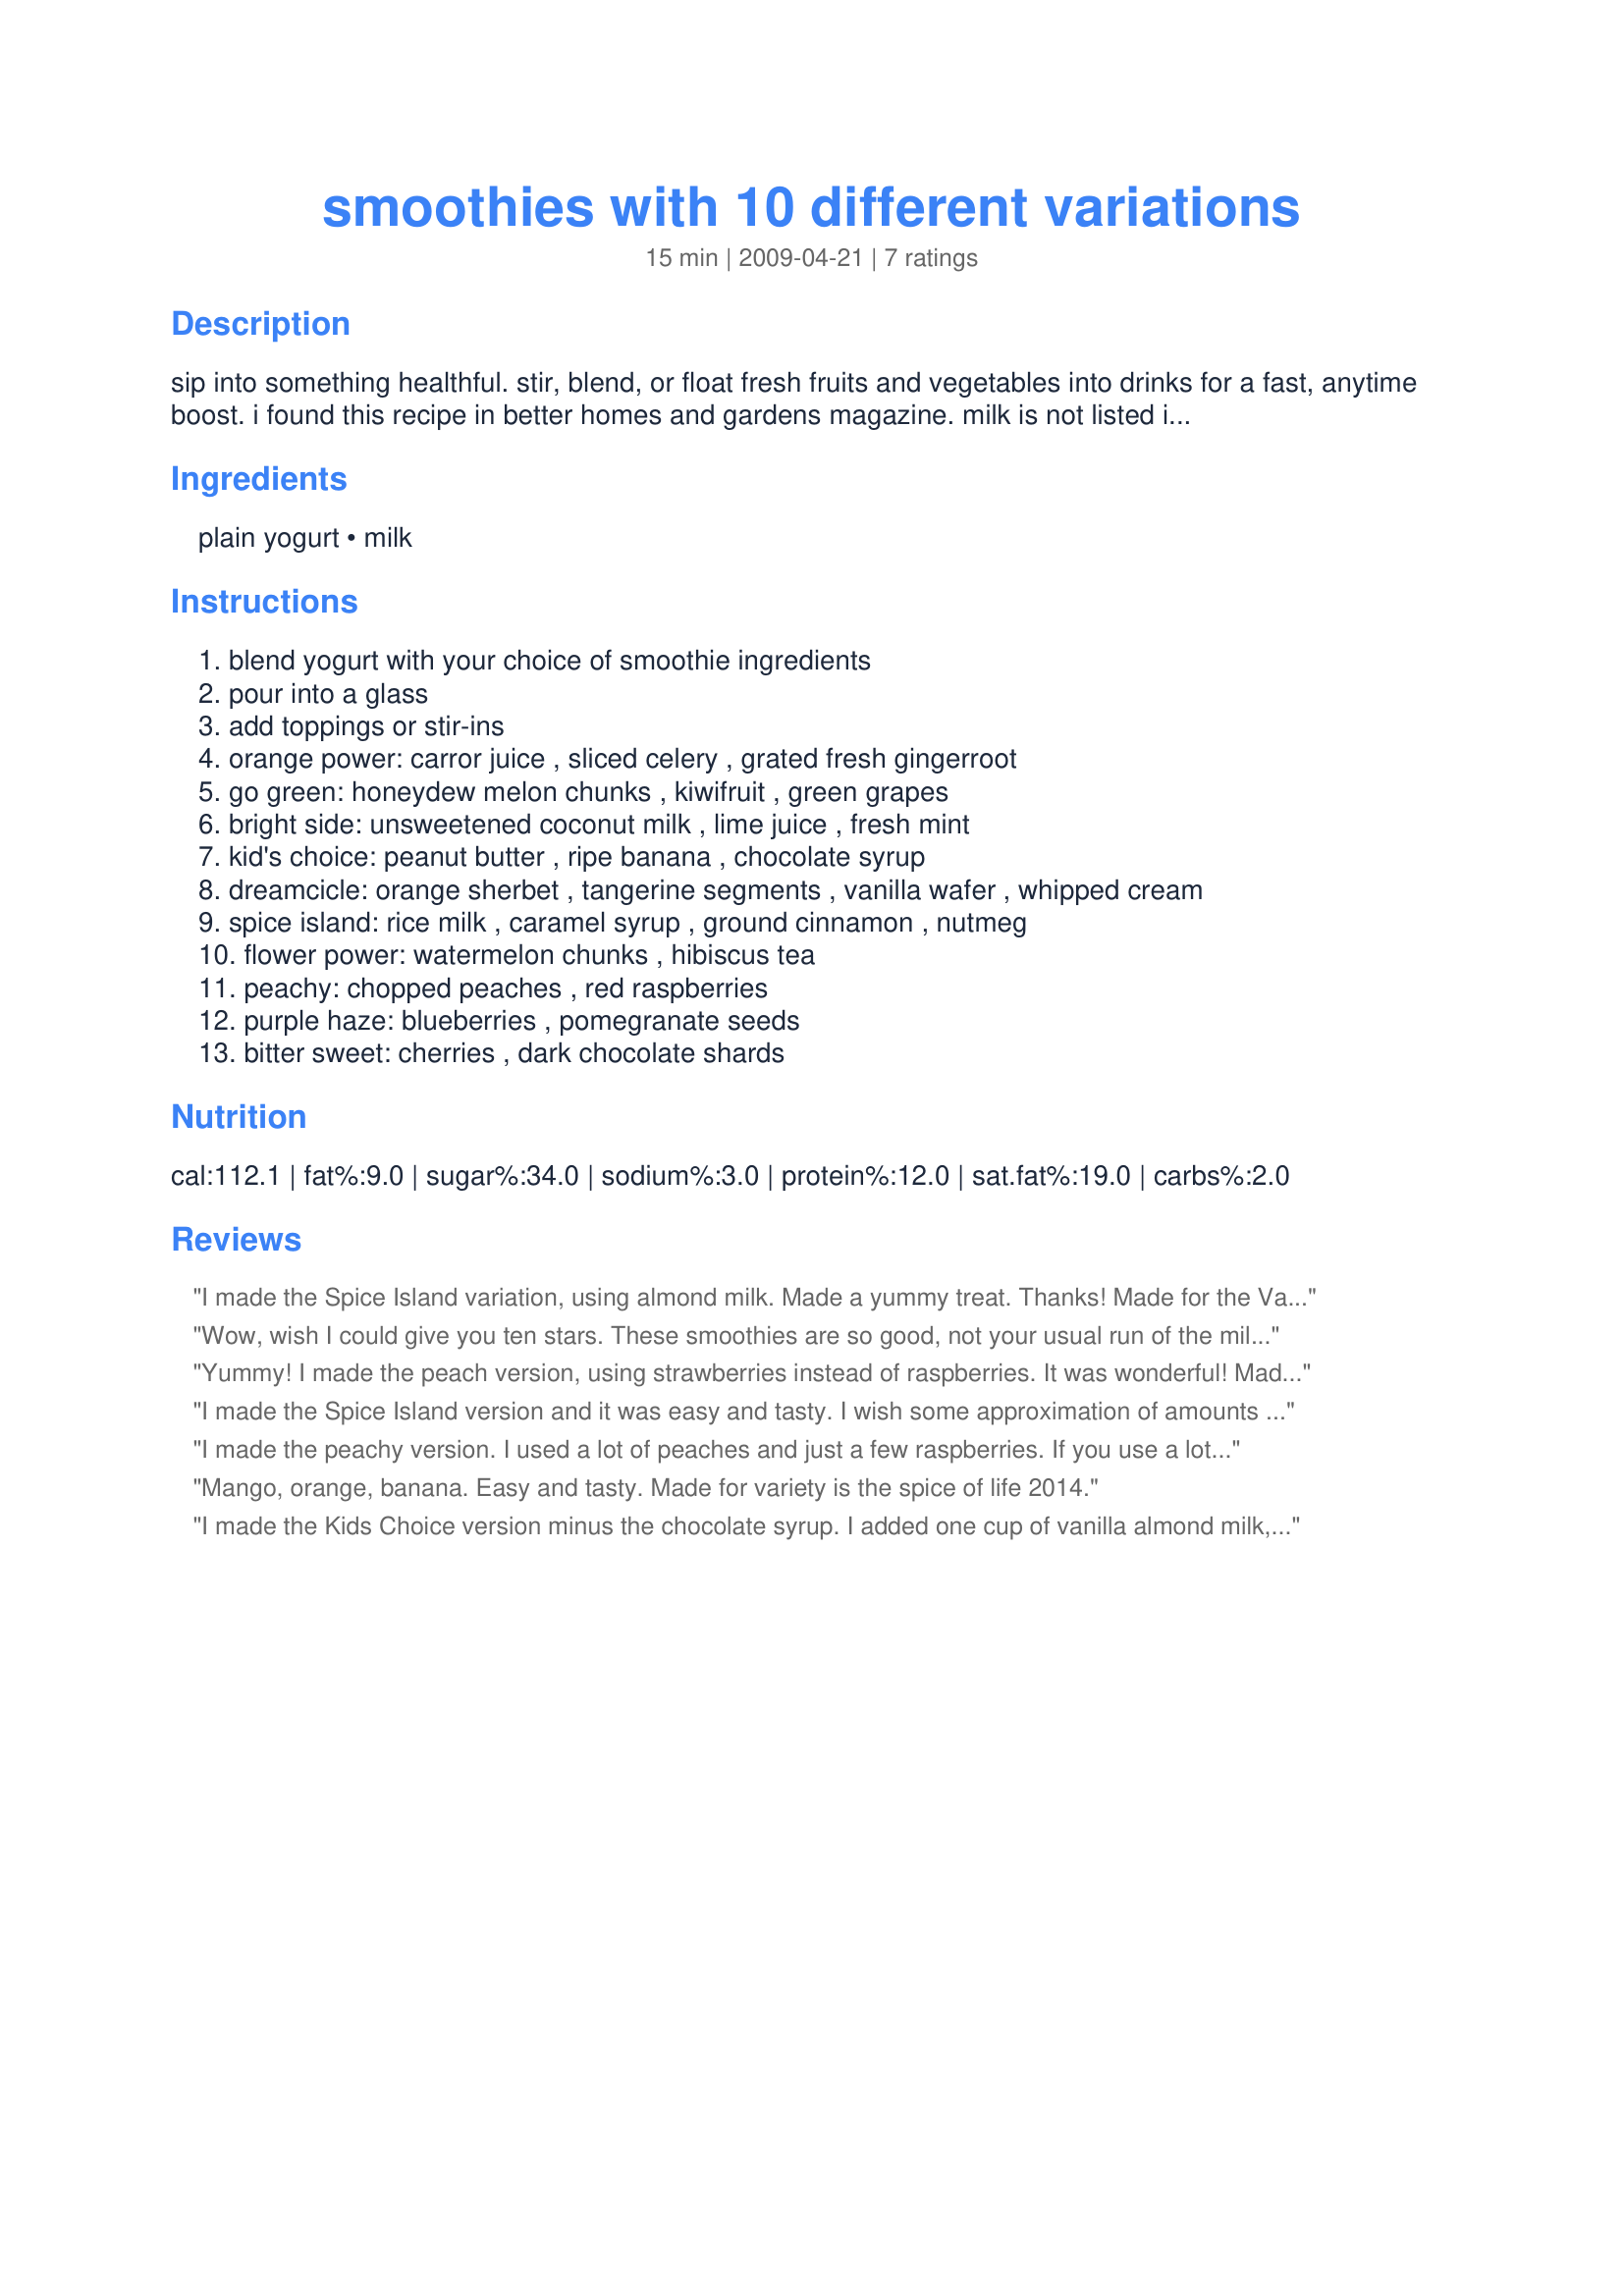
smoothies with 10 different variations
Preparation time: 15 minutes

sip into something healthful. stir, blend, or float fresh fruits and vegetables into drinks for a fast, anytime boost. i found this recipe in better homes and gardens magazine. milk is not listed in the recipe but recipezaar does not allow only one ingredient. i have not tried this recipe, but i'm posting it for safe keeping.

Ingredients:
plain yogurt, milk

Steps:
blend yogurt with your choice of smoothie ingredients, pour into a glass, add toppings or stir-ins, orange power: carror juice , sliced celery , grated fresh gingerroot, go green: honeydew melon chunks , kiwifruit , green grapes, bright side: unsweetened coconut milk , lime juice , fresh mint, kid's choice: peanut butter , ripe banana , chocolate syrup, dreamcicle: orange sherbet , tangerine segments , vanilla wafer , whipped cream, spice island: rice milk , caramel syrup , ground cinnamon , nutmeg, flower power: watermelon chunks , hibiscus tea, peachy: chopped peaches , red raspberries, purple haze: blueberries , pomegranate seeds, bitter sweet: cherries , dark chocolate shards

Reviews:
I made the Spice Island variation, using almond milk. Made a yummy treat. Thanks! Made for the Variety Event in the Contests/Events forum.
Wow, wish I could give you ten stars. These smoothies are so good, not your usual run of the mill treat. I made two of them, and couldn&#039;t decide on a favorite they were both excellent, truly delicious. I made Purple Haze and Flower Power. Planning on trying Go Green next. Thank you so much for sharing. Made for Variety is the Spice of Life Event 2014.
Yummy! I made the peach version, using strawberries instead of raspberries. It was wonderful! Made for the Variety Event in the Contests and Events forum.
I made the Spice Island version and it was easy and tasty. I wish some approximation of amounts on the various add-ins had been given, though.
I made the peachy version. I used a lot of peaches and just a few raspberries. If you use a lot of raspberries, I think they will try to take over the flavor. My husband and I liked this bunches. I can&#039;t wait to try other variations. Made for the Variety Event in the Contests/Events forum.
Mango, orange, banana. Easy and tasty. Made for variety is the spice of life 2014.
I made the Kids Choice version minus the chocolate syrup. I added one cup of vanilla almond milk, one banana and two heaping tablespoons of creamy peanut butter. It was very tasty, although next time I will chill it first as it wasn&#039;t as cold as I would have liked. Since the quantity of extra ingredients made enough for a second glass, I froze it in two freezeable plastic wear containers. It made a great frozen treat which I enjoyed later last night. Made for Variety is the Spice of Life 2014.
